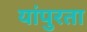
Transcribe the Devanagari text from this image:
यांपुरता